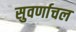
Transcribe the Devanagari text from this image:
सुवर्णाचल